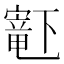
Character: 𫴋